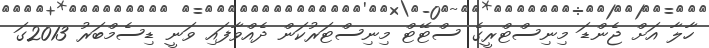
ހާލާ އަށް ޖެންޑަ މިނިސްޓްރީގެ ސްޓޭޓް މިނިސްޓަރުކަން ދެއްވާފައި ވަނީ ޑިސެމްބަރު 2013ގަ